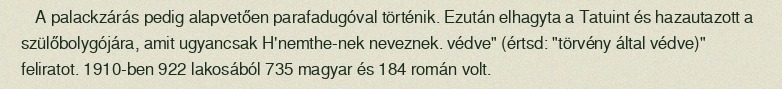
A palackzárás pedig alapvetően parafadugóval történik. Ezután elhagyta a Tatuint és hazautazott a szülőbolygójára, amit ugyancsak H'nemthe-nek neveznek. védve" (értsd: "törvény által védve)" feliratot. 1910-ben 922 lakosából 735 magyar és 184 román volt.